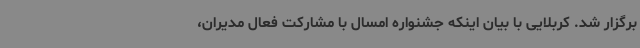
برگزار شد. کربلایی با بیان اینکه جشنواره امسال با مشارکت فعال مدیران،